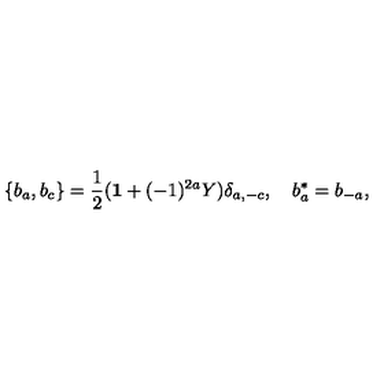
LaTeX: \{ b _ { a } , b _ { c } \} = \frac { 1 } { 2 } ( { \bf 1 } + ( - 1 ) ^ { 2 a } Y ) \delta _ { a , - c } , \quad b _ { a } ^ { * } = b _ { - a } ,